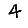
Digit: 4